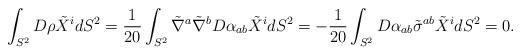
LaTeX: \begin{align*}\int_{S^2} D\rho \tilde X^i dS^2= \frac{1}{20} \int_{S^2}\tilde \nabla^a \tilde\nabla^b D\alpha_{ab} \tilde X^i dS^2=- \frac{1}{20} \int_{S^2}D\alpha_{ab} \tilde \sigma^{ab} \tilde X^i dS^2= 0.\end{align*}